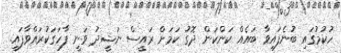
ހުކުމުގައި ބުނެފައިވާ ބައެއް ކަންކަން ދޮގު ކަމަށް ރައީސް ނަޝީދު ވަނީ ފާހަގަކުރައްވާފައި.